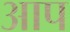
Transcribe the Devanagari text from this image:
अाप